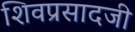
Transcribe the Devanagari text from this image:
शिवप्रसादजी